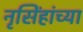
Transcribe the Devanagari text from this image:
नृसिंहांंच्या